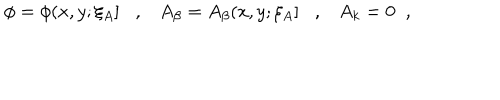
\phi = \phi ( x , y ; \xi _ { A } ] , A _ { \beta } = A _ { \beta } ( x , y ; \xi _ { A } ] , A _ { k } = 0 \; \; ,